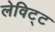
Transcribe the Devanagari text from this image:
लेविट्ट